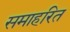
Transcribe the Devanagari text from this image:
समाहरित